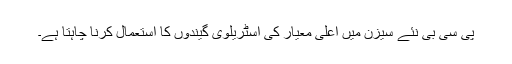
پی سی بی نئے سیزن میں اعلیٰ معیار کی آسٹریلوی گیندوں کا استعمال کرنا چاہتا ہے۔